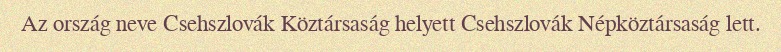
Az ország neve Csehszlovák Köztársaság helyett Csehszlovák Népköztársaság lett.